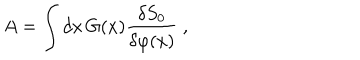
A = \int d x \, G ( x ) \frac { \delta S _ { 0 } } { \delta \varphi ( x ) } \ ,